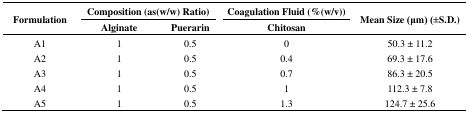
<table><thead><tr><td rowspan="2"><b>Formulation</b></td><td colspan="2"><b>Composition (as(w/w) Ratio)</b></td><td><b>Coagulation Fluid (%(w/v))</b></td><td rowspan="2"><b>Mean Size (μm) (±S.D.)</b></td></tr><tr><td><b>Alginate</b></td><td><b>Puerarin</b></td><td><b>Chitosan</b></td></tr></thead><tbody><tr><td>A1</td><td>1</td><td>0.5</td><td>0</td><td>50.3 ± 11.2</td></tr><tr><td>A2</td><td>1</td><td>0.5</td><td>0.4</td><td>69.3 ± 17.6</td></tr><tr><td>A3</td><td>1</td><td>0.5</td><td>0.7</td><td>86.3 ± 20.5</td></tr><tr><td>A4</td><td>1</td><td>0.5</td><td>1</td><td>112.3 ± 7.8</td></tr><tr><td>A5</td><td>1</td><td>0.5</td><td>1.3</td><td>124.7 ± 25.6</td></tr></tbody></table>